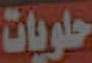
حلويات